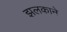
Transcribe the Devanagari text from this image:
झलकाने